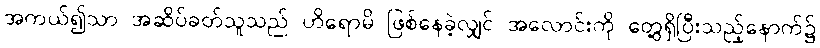
အကယ်၍သာ အဆိပ်ခတ်သူသည် ဟိရောမိ ဖြစ်နေခဲ့လျှင် အလောင်းကို တွေ့ရှိပြီးသည့်နောက်၌